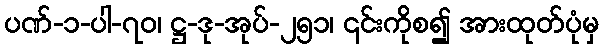
ပဏ်-၁-ပါ-၇၀၊ ဋ္ဌ-ဒု-အုပ်-၂၅၁၊ ၎င်းကိုစ၍ အားထုတ်ပုံမှ